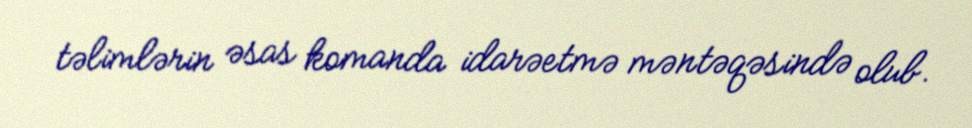
təlimlərin əsas komanda idarəetmə məntəqəsində olub.